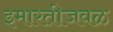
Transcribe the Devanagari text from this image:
इमारतीजवळ